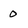
Character: 0